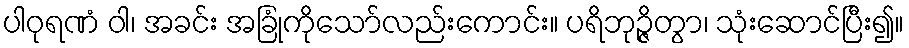
ပါဝုရဏံ ဝါ၊ အခင်း အခြုံကိုသော်လည်းကောင်း။ ပရိဘုဉ္ဇိတွာ၊ သုံးဆောင်ပြီး၍။